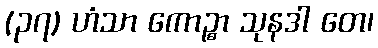
(၃၇) ဟံသာ ကောဉ္စာ သုနဒါ တေ၊